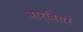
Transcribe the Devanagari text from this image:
बार्बियरे